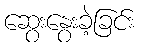
ဆွေးနွေးခဲ့ခြင်း